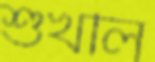
শুখলি